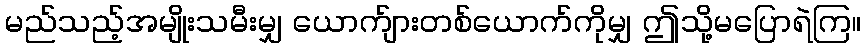
မည်သည့်အမျိုးသမီးမျှ ယောက်ျားတစ်ယောက်ကိုမျှ ဤသို့မပြောရဲကြ။